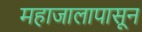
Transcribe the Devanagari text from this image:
महाजालापासून